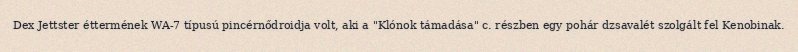
Dex Jettster éttermének WA-7 típusú pincérnődroidja volt, aki a "Klónok támadása" c. részben egy pohár dzsavalét szolgált fel Kenobinak.